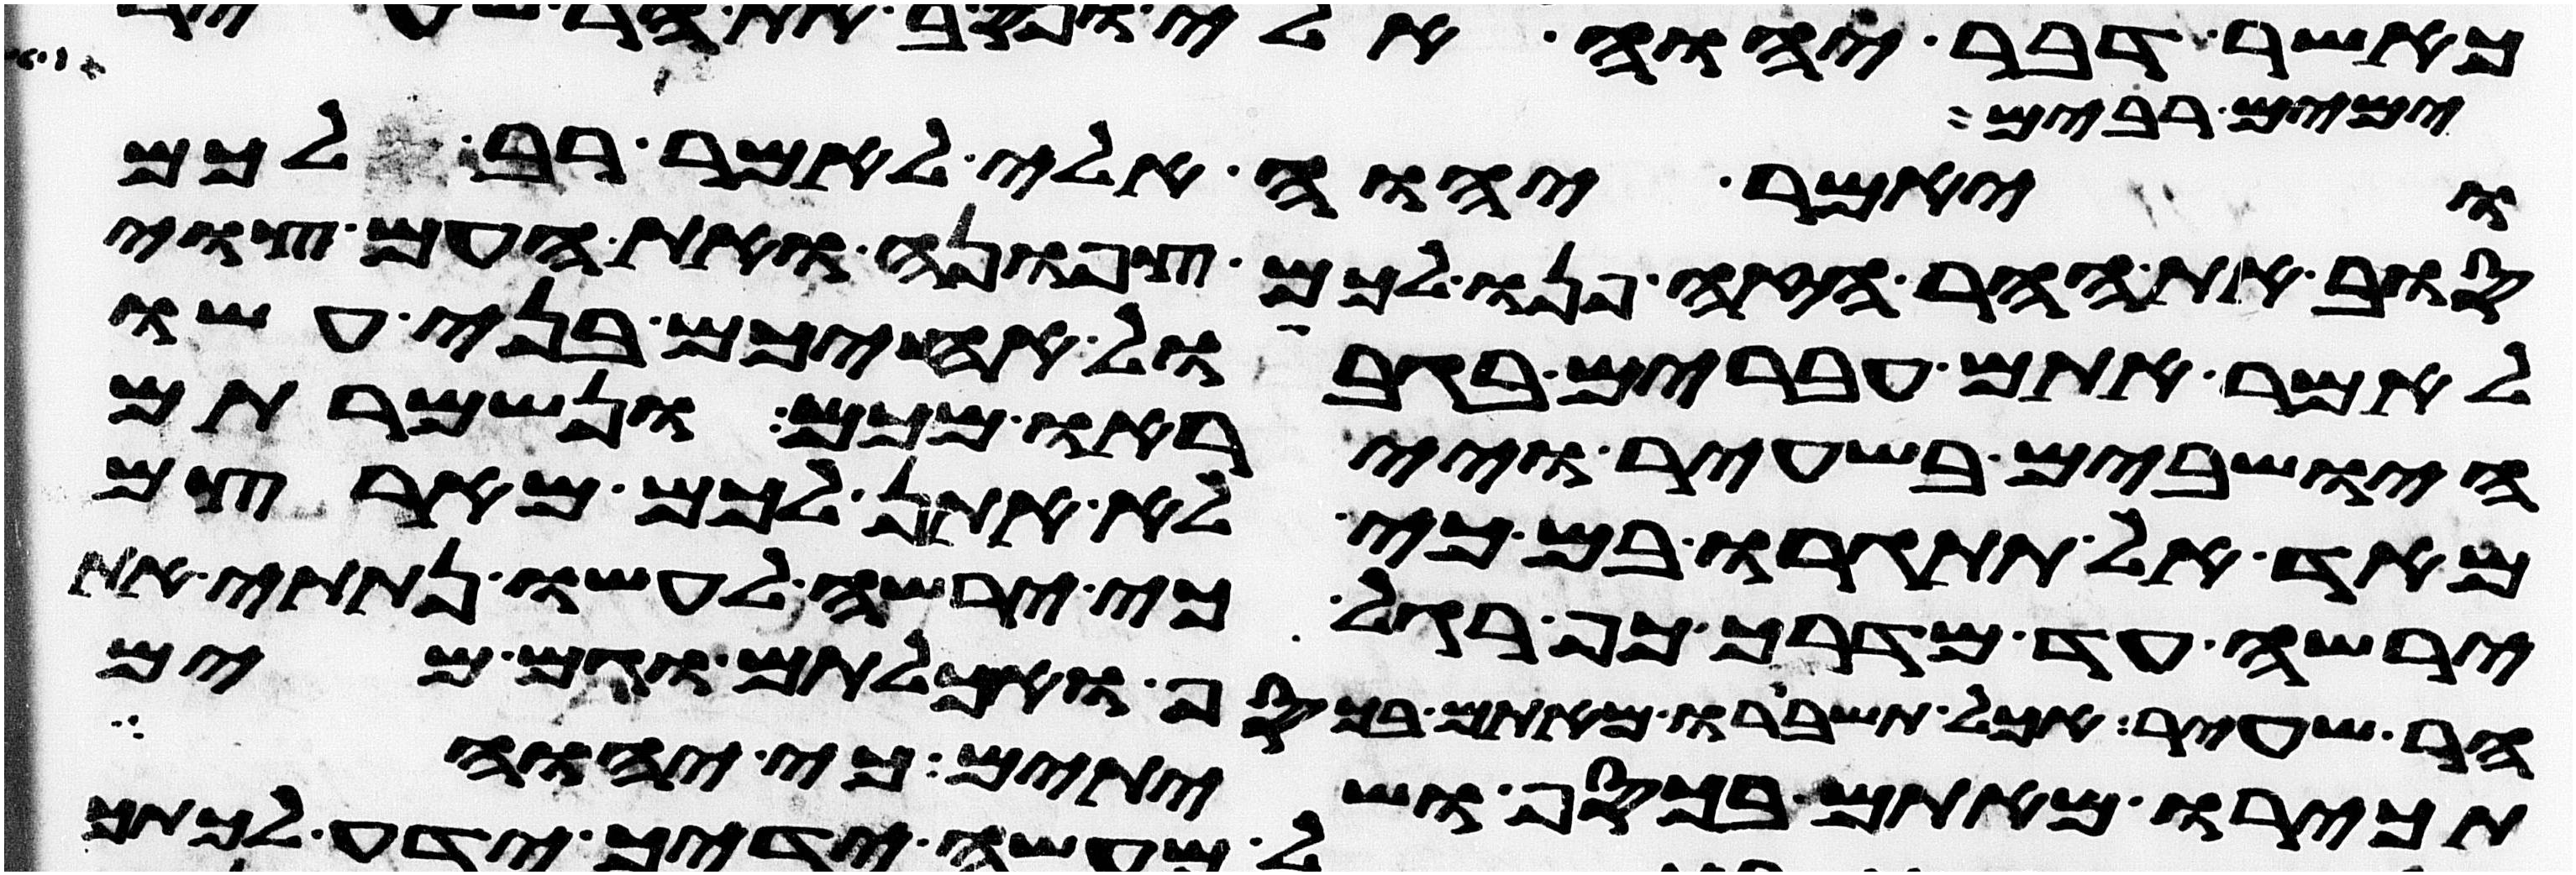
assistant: ימים רבים
ויאמר יהוה אלי לאמר רב לכם
סוב את ההר הזה פנו לכם צפונה ואת העם צוי
לאמר אתם עברים בגבול אחיכם בני עשו
הישבים בשעיר וייראו מכם ונשמרתם
מאד אל תתגרו בם כי לא אתן לכם מארצם
ירשה עד מדרך כף רגל כי ירשה לעשו נתתי את
הר שעיר אכל תשברו מאתם בכסף ואכלתם וגם מים
תכירו מאתם בכסף ושתיתם כי יהוה